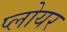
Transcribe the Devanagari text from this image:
प्लोयर